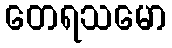
တေရသမော